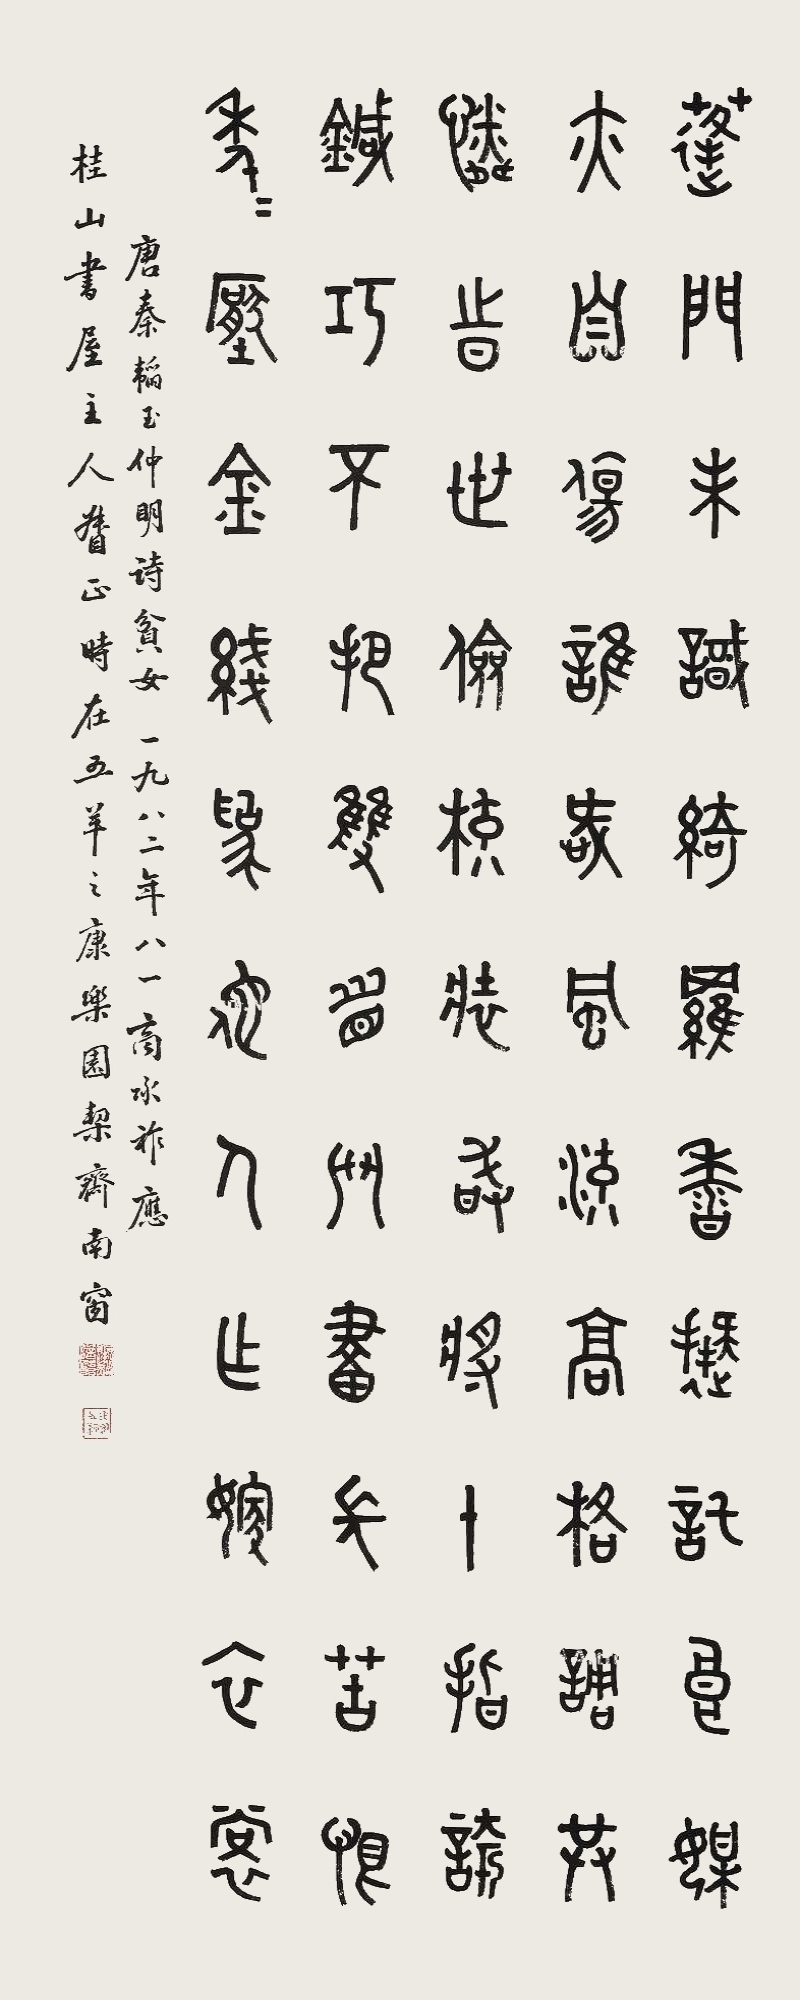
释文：蓬门未识绮罗香，拟托良媒益自伤。谁爱风流高格调，共怜时世俭梳妆。敢将十指夸针巧，不把双眉斗画长。苦为年年压金线，为他人作嫁衣裳。唐秦韬玉仲鸣诗《贫女》，一九八二年商承祚应桂山书屋主人督正，时在五羊之康乐园契斋南窗。